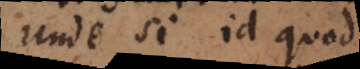
nde si id quod